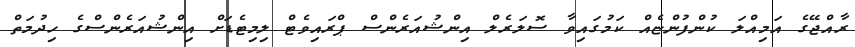
ރާއްޖޭގެ އަމިއްލަ ކުންފުންޏެއް ކަމުގައިވާ ސޮލަރެލް އިންޝުއަރެންސް ޕްރައިވެޓް ލިމިޓެޑަށް އިންޝުއަރެންސްގެ ހިދުމަތް